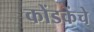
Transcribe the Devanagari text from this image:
कोंडकेंचे